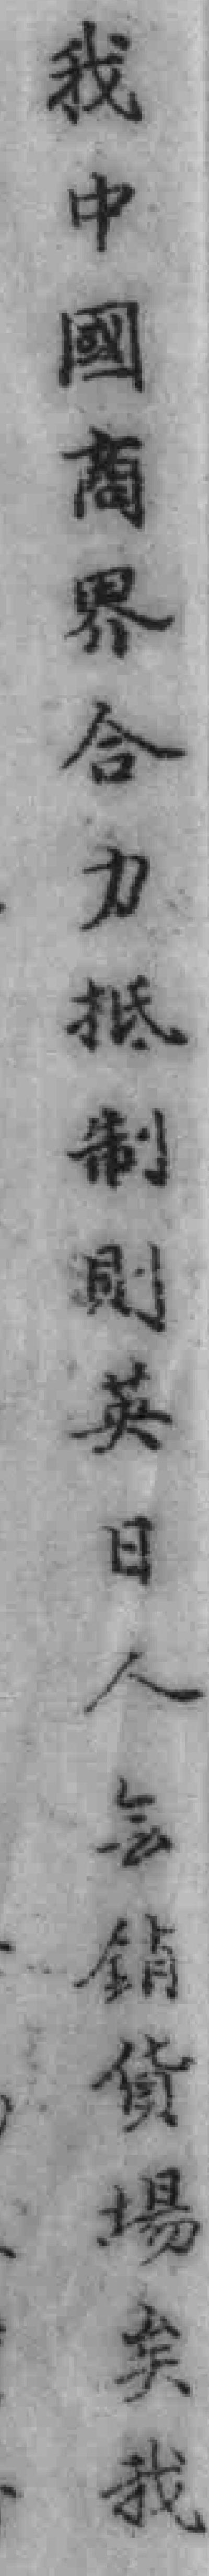
我中國商界合力抵制制英日人会销货場矣我